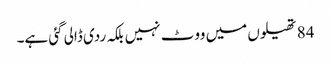
84 تھیلوں میں ووٹ نہیں بلکہ ردی ڈالی گئی ہے۔